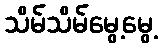
သိမ်သိမ်မွေ့မွေ့